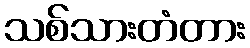
သစ်သားတံတား